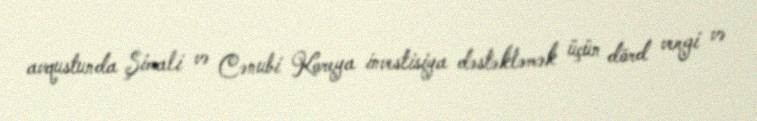
avqustunda Şimali və Cənubi Koreya investisiya dəstəkləmək üçün dörd vergi və